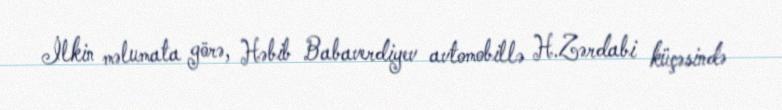
İlkin məlumata görə, Həbib Babaverdiyev avtomobillə H.Zərdabi küçəsində